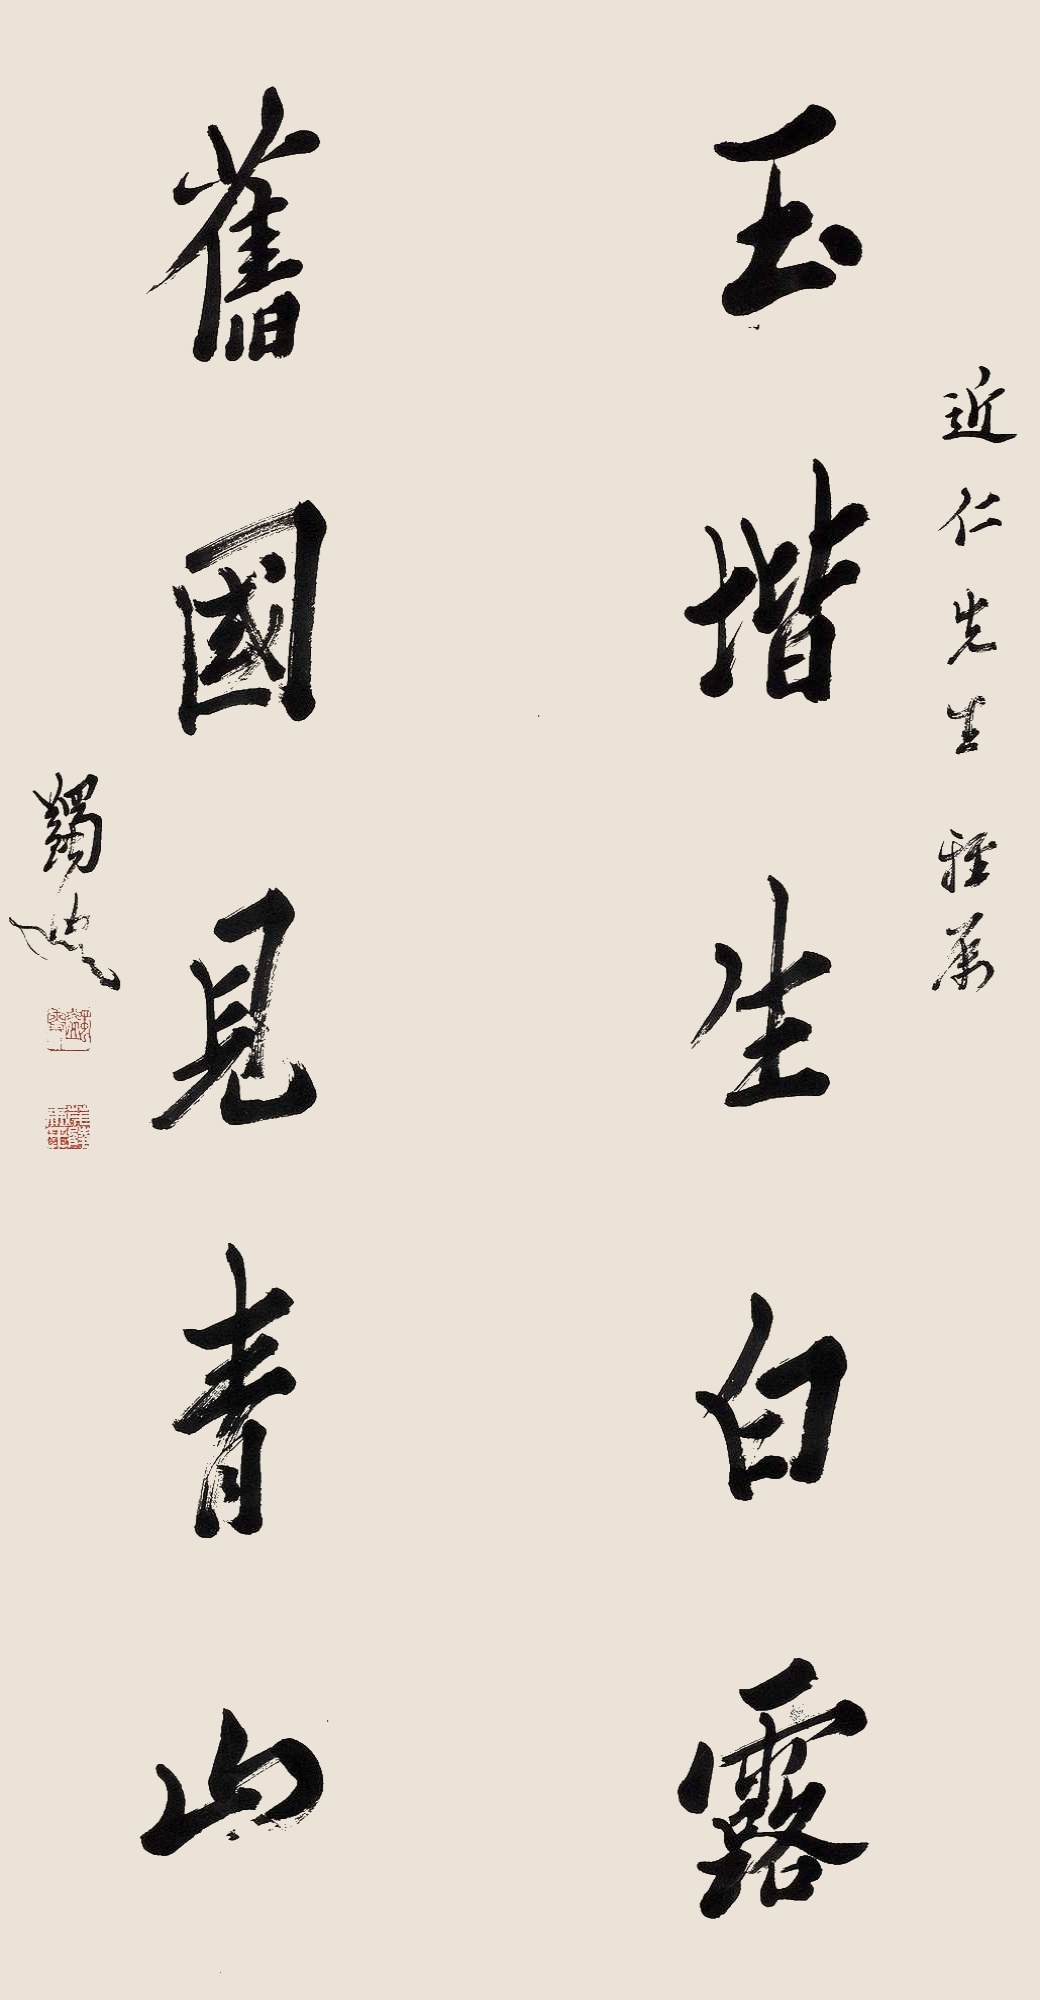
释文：玉堦生白露，旧国见青山。近仁先生雅属，蠲叟。